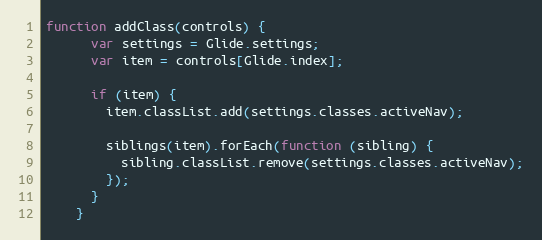
Language: JavaScript
function addClass(controls) {
      var settings = Glide.settings;
      var item = controls[Glide.index];

      if (item) {
        item.classList.add(settings.classes.activeNav);

        siblings(item).forEach(function (sibling) {
          sibling.classList.remove(settings.classes.activeNav);
        });
      }
    }